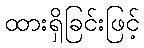
ထားရှိခြင်းဖြင့်